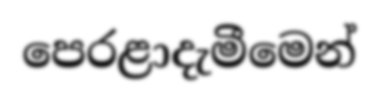
පෙරළාදැමීමෙන්